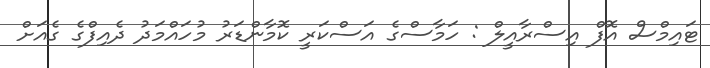
ޓައިމްސް އޮފް އިސްރާއީލް : ހަމާސްގެ އަސްކަރީ ކޮމާންޑަރު މުހައްމަދު ދެއިފްގެ ގެއަށް